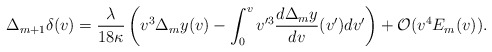
\begin{align*} \Delta_{m+1}\delta(v)=\frac{\lambda}{18\kappa}\left(v^3\Delta_my(v)-\int_0^vv'^3\frac{d\Delta_my}{dv}(v')dv'\right)+\mathcal{O}(v^4E_m(v)).\end{align*}